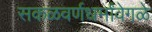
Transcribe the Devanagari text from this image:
सकळवर्णधर्मांवेगळे